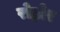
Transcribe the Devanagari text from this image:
रोह्मेर